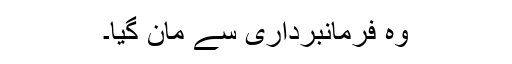
وہ فرمانبرداری سے مان گیا۔